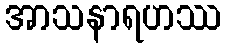
အာသနာရဟဿ